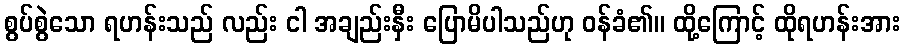
စွပ်စွဲသော ရဟန်းသည် လည်း ငါ အချည်းနှီး ပြောမိပါသည်ဟု ဝန်ခံ၏။ ထို့ကြောင့် ထိုရဟန်းအား